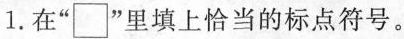
1.在“\square”里填上恰当的标点符号。